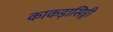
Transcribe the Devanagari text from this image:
काकड़ासिङ्गी